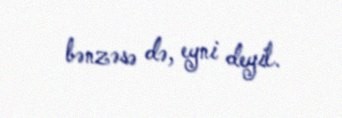
bənzəsə də, eyni deyil.